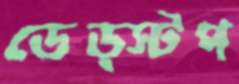
ডেড্স্টপ